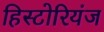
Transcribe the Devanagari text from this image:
हिस्टोरियंज